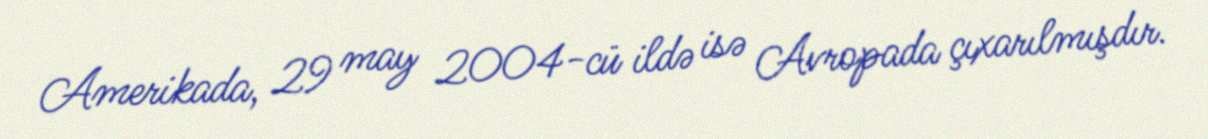
Amerikada, 29 may 2004-cü ildə isə Avropada çıxarılmışdır.